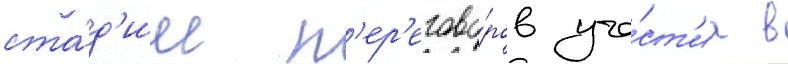
ста́д'ии п'ер'егово́ров уча́ст'иа в